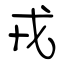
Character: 戎